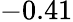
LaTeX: -0.41